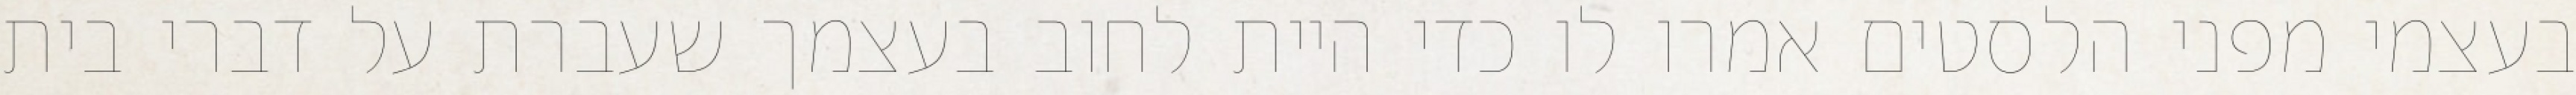
בעצמי מפני הלסטים אמרו לו כדי היית לחוב בעצמך שעברת על דברי בית